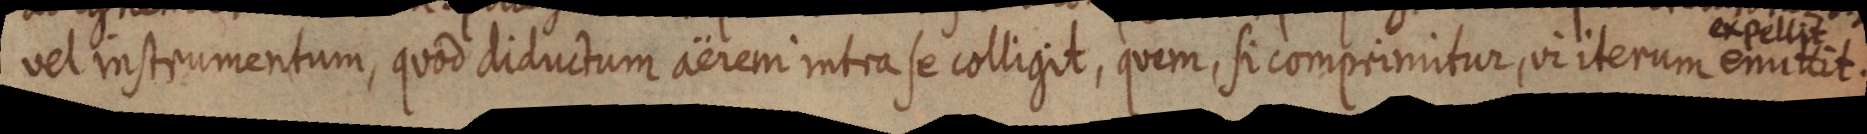
vel instrumentum, quod diductum aëreni intra se colligit, quem, si comprimitur, vi iterum expellit enuttit.